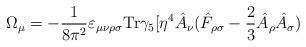
LaTeX: \begin{align*}\Omega_{\mu} =-\frac{1}{8\pi^2} \varepsilon_{\mu \nu \rho \sigma} \mbox {Tr}\gamma_5 [\eta^4 \hat A_{\nu} (\hat F_{\rho \sigma} -\frac{2}{3} \hat A_{\rho} \hat A_{\sigma})\end{align*}